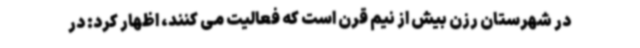
در شهرستان رزن بیش از نیم قرن است که فعالیت می کنند، اظهار کرد: در